Vaccination in Bombay 1913-1923 - 1913-1923
Year: 1913
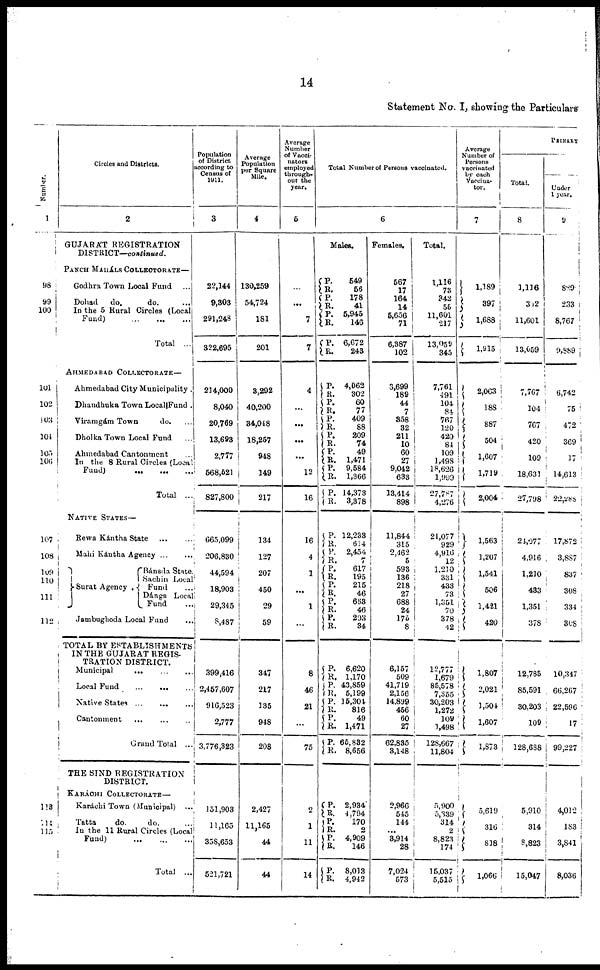
14
Statement No. I, showing the Particulars
Number.
1
98
99
100
101
102
103
104
105
106
107
108
109
110
111
112
118
114
115
Circles and Districts.
2
GUJARÁT REGISTRATION
DISTRICT—continued.
PANCH MAHÁLS COLLECTORATE—
Godhra Town Local Fund ...
Dohad
do.
do.
...
In the 5 Rural Circles (Local
Fund)
...
...
...
Total ...
AHMEDABAD COLLECTORATE—
Ahmedabad City Municipality .
Dhandhuka Town Local Fund .
Viramgám Town
do. ...
Dholka Town Local Fund ...
Ahmedabad Cantonment
...
In the 8 Rural Circle (Local
Fund) ... ... ...
Total
...
NATIVE STATES—
Rewa Kántha State
...
...
Mahi Kántha Agency ... ...
Surat Agency .
Bánsda State.
Sachin Local
Fund ...
Dángs Local
Fund ...
Jambughoda Local Fund ...
TOTAL BY ESTABLISHMENTS
IN THE GUJARAT REGIS¬
TRATION DISTRICT.
Municipal
...
...
...
Local
Fund
...
...
...
Native States
...
...
...
Cantonment ... ... ...
Grand Total ...
THE SIND REGISTRATION
DISTRICT.
KARÁCHI COLLECTORATE—
Karáchi Town (Municipal) ...
Tatta
do.
do. ...
In the 11 Rural Circles (Local
Fund) ... ... ...
Total ...
Population
of District
according to
Census of
1911.
3
22,144
9,303
291,248
322,695
214,000
8,040
20,769
13,693
2,777
568,521
827,800
665,099
206,830
44,594
18,903
29,345
8,487
399,416
2,457,607
916,523
2,777
3,776,323
151,903
11,165
358,653
521,721
Average
Population
per Square
Mile.
4
130,259
54,724
181
201
3,292
40,200
34,048
18,257
948
149
217
134
127
207
450
29
59
347
217
135
948
208
2,427
11,165
44
44
Average
Number
of Vacci¬
nators
employed
through-
out the
year.
5
...
...
7
7
4
...
...
...
...
12
16
16
4
1
...
1
...
8
46
21
...
75
2
1
11
14
Total Number of Persons vaccinated.
6
Males.
P.
R.
P.
R.
P.
R.
P.
R.
549
56
178
41
5,945
146
6,672
243
P.
R.
P.
R.
P.
R.
P.
R.
P.
R.
P.
R.
P.
R.
4,062
302
60
77
409
88
209
74
49
1,471
9,584
1,366
14,373
3,378
P.
R.
P.
R.
P.
R.
P. R.
P.
R.
P.
R.
12,233
614
2,454
7
617
195
215
46
663
46
203
34
P.
R. P.
R.
P.
R.
P.
R.
P.
R.
6,620
1,170
43,859
5,199
15,304
816
49
1,471
65,832
8,656
P.
R.
P.
R.
P.
R.
P.
R.
2,934
4,794
170
2
4,909
146
8,013
4,942
Females.
567
17
164
14
5,656
71
6,387
102
3,699
189
44
7
358
32
211
10
60
27
9,042
633
13,414
898
11,844
315
2,462
5
593
136
218
27
688
24
175
8
6,157
509
41,719
2,156
14,899
456
60
27
62,835
3,148
2,966
545
144
...
3,914
28
7,024
573
Total.
1,116
73
342
55
11,601
217
13,059
345
7,761
491
104
84
767
120
420
84
109
1,498
18,626
1,999
27,787
4,276
24,077
929
4,916
12
1,210
331
433
73
1,351
70
378
12
12,777
1,679
85,578
7,355
30,203
1,272
109
1,498
128,667
11,804
5,900
5,339
314
2
8,823
174
15,037
5,515
Average
Number of
Persons
vaccinated
by each
Vaccina¬
tor.
7
1,189
397
1,688
1,915
2,063
188
887
504
1,607
1,719
2,004
1,563
1,207
1,541
506
1,421
420
1,807
2,021
1,504
1,607
1,873
5,619
316
818
1,066
PRIMARY
Total.
8
1,116
312
11,601
13,059
7,767
104
767
420
109
18,631
27,798
24,977
4,916
1,210
433
1,351
378
12,785
85,591
30,203
109
128,688
5,910
314
8,823
15,047
Under
1 year.
9
889
233
8,767
9,889
6,742
75
472
369
17
14,613
22,288
17,872
3,887
837
308
334
308
10,347
66,267
22,596
17
99,227
4,012
183
3,841
8,036